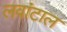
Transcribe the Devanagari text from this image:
लवांटाल